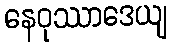
နေဝုဿာဒေယျ